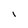
Character: I